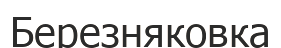
Березняковка